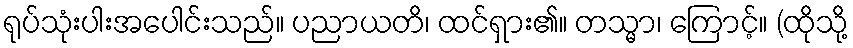
ရုပ်သုံးပါးအပေါင်းသည်။ ပညာယတိ၊ ထင်ရှား၏။ တသ္မာ၊ ကြောင့်။ (ထိုသို့